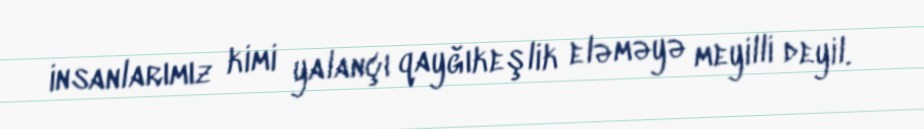
insanlarımız kimi yalançı qayğıkeşlik eləməyə meyilli deyil.